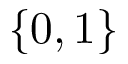
\{ 0 , 1 \}